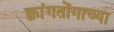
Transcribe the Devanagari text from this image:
क्वांगतोंगाच्या